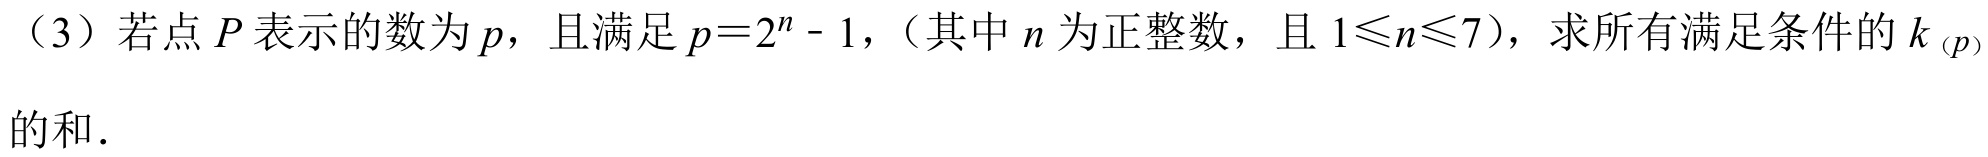
（3）若点 \(P\) 表示的数为 \(p\)，且满足 \(p = 2^{n}-1\)，（其中 \(n\) 为正整数，且 \(1\leqslant n\leqslant7\)），求所有满足条件的 \(k_{(p)}\) 的和．